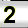
Digit: 2